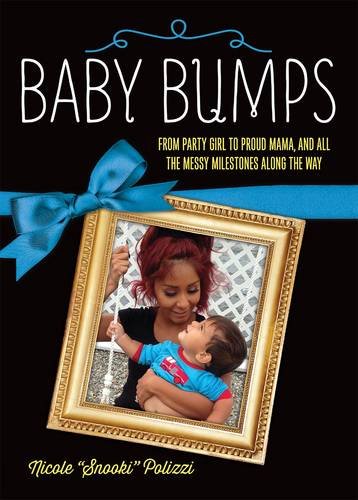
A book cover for Baby Bumps: From Party Girl to Proud Mama, and all the Messy Milestones Along the Way; Nicole Polizzi; Parenting & Relationships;